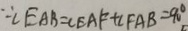
\because \angle E A B = \angle E A F + \angle F A B = 9 0 ^ { \circ }